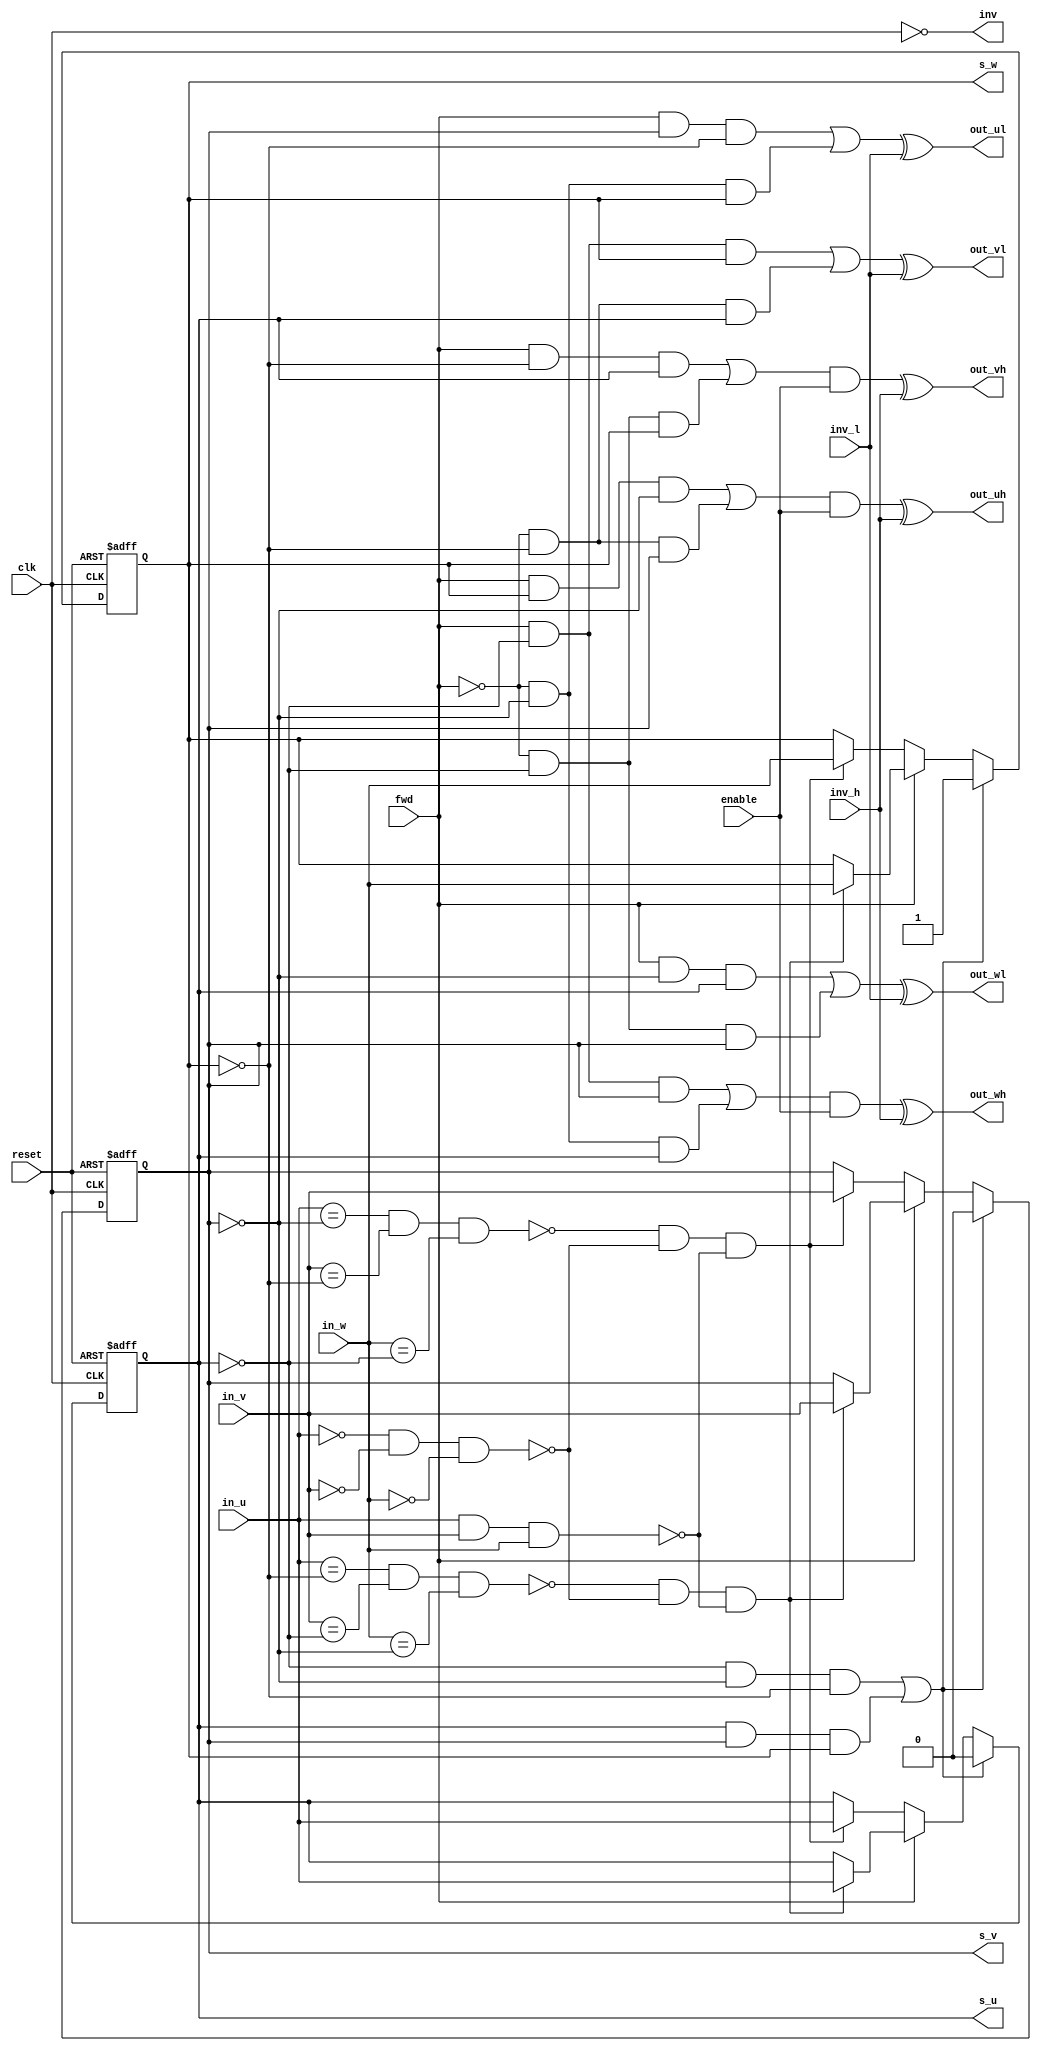
/*
A BLDC motor controller 

Generates the outputs for the driver stage
Gets as input the Hall sensor bits, 
fwd, 
and an enable signal.

has internal state to prevent output glitches. 
needs to be clocked. 
can this be done with an RC from an output(inverter)
back to clk?

         _____
clk    -|  U  |- VCC
enable -|     |- inv
fwd    -|     |- s_u
()     -|     |- s_v
in_u   -|     |- s_w
in_v   -|     |- out_uh
in_w   -|     |- out_vh
inv_h  -|     |- out_wh
inv_l  -|     |- out_ul
reset  -|     |- out_vl
()     -|     |- out_wl
GND    -|_____|- ()

*/
module bldc(
(*PAD="1"*)
input wire clk,
(*PAD="2"*)
input wire enable,
(*PAD="3"*)
input wire fwd,
/*hall inputs(from a comparator...)*/
(*PAD="5"*)
input wire in_u,
(*PAD="6"*)
input wire in_v,
(*PAD="7"*)
input wire in_w,

/*selectable driver polarity(outputs are active hi if low)*/
(*PAD="8"*)
input wire inv_h,
(*PAD="9"*)
input wire inv_l,
(*PAD="10"*)
input wire reset,

/*for clock gen, inverts clock input*/
(*PAD="23"*)
output wire inv,
(*PAD="22"*)
output reg s_u,
(*PAD="21"*)
output reg s_v,
(*PAD="20"*)
output reg s_w,
/*outputs, deglitched, and'ed with enable, not usable for speed sense*/
(*PAD="19"*)
output wire out_uh,
(*PAD="18"*)
output wire out_vh,
(*PAD="17"*)
output wire out_wh,
(*PAD="16"*)
output wire out_ul,
(*PAD="15"*)
output wire out_vl,
(*PAD="14"*)
output wire out_wl

);

(*PAD="AR"*)
wire rst;

assign rst=reset;

always @(posedge clk or posedge rst)
  if (rst)
  begin
    s_u <= 1'b0;
    s_v <= 1'b0;
    s_w <= 1'b1;
  end
  else
  begin
/*
states:
'forward' rotation u->v->w
u\<-  w
   *  
   v\
   
uvw
001
101
100
110
010
011
..and back
*/
  	/* recovery from all zeroes or ones */
	  if((~s_u && ~s_v && ~s_w) || (s_u && s_v && s_w))
  	begin
	    s_u <= 1'b0;
  	  s_v <= 1'b0;
    	s_w <= 1'b1;
	  end
	  else
  	begin
		  if(fwd)
	 	  begin
	    /*
	    do not step in backward direction
	    If I only allow 1 step in forward direction, there may be a startup state that stalls. 
	    If I disallow 1 step in backward direction, I have to use the sensor bits for next state, 
	    and must also disallow invalid words.
	    */
		 	  if(
		 	  (!((in_u==~s_w)&&(in_v==~s_u)&&(in_w==~s_v)))
          &&(!(~in_u && ~in_v && ~in_w))
          &&(!(in_u && in_v && in_w))
          )
				begin
			    s_u <= in_u;
			    s_v <= in_v;
	  		  s_w <= in_w;
	  		end
	  		else
	  		begin
			    s_u <= s_u;
			    s_v <= s_v;
	  		  s_w <= s_w;
	  		end
	  	end
		  else
	    begin
	    /*
	    do not step in forward direction
	    */
		 	  if(
		 	  (!((in_u==~s_v)&&(in_v==~s_w)&&(in_w==~s_u)))
          &&(!(~in_u && ~in_v && ~in_w))
          &&(!(in_u && in_v && in_w))
          )
		 	  begin
			    s_u <= in_u;
  			  s_v <= in_v;
	  		  s_w <= in_w;
	  	  end
	  		else
	  		begin
			    s_u <= s_u;
			    s_v <= s_v;
	  		  s_w <= s_w;
	  		end
	    end
	  end
	end
/*
logic
forward ...

   v'
u\<-  w
   *  
w' v\ u'

coil drivers u' v' and w'
uvw  u'v'w'uhul
001  H L Z 1 0
101  H Z L 1 0
100  Z H L 0 0
110  L H Z 0 1
010  L Z H 0 1
011  Z L H 0 0

Not sure if the polarity is OK
may need configurable H/L reversal...

The branch is hi if the bit changes from 0 to one
and low if it changes from 1 to zero.
other way around for reverse..

prev s_u is ~s_w
next s_u is ~s_v

if the current bit is 0 and next is 1
or if current bit is 1 and prev is 0
hi is 1
except in reverse, then branches are reversed.. uh<->ul

inv_h inv_l should be hardcoded...

will it cause problems with invalid states? (short circuit?)
because it may take some time to recover from those...
s_u/v/w all zeroes or all ones..
add additional terms to exclude forbidden states
remove complementary terms..
s_u ~s_u...

*/

assign out_uh=(((fwd & s_w & ~s_v) | (~fwd & ~s_w & s_v))&enable)^inv_h;
assign out_ul=( (fwd & s_v & ~s_w) | (~fwd & ~s_v & s_w))^inv_l;

assign out_vh=(((fwd & ~s_w & s_u) | (~fwd & ~s_u & s_w))&enable)^inv_h;
assign out_vl=( (fwd & ~s_u & s_w) | (~fwd & ~s_w & s_u))^inv_l;

assign out_wh=(((fwd & ~s_u & s_v) | (~fwd & ~s_v & s_u))&enable)^inv_h;
assign out_wl=( (fwd & ~s_v & s_u) | (~fwd & ~s_u & s_v))^inv_l;

assign inv=~clk;

endmodule